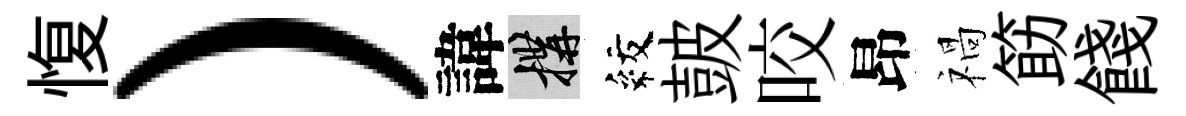
愎）諱構紋皷咬昂禍筯餞